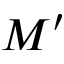
M ^ { \prime }